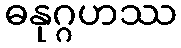
ဓနုဂ္ဂဟဿ